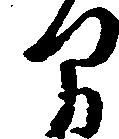
間